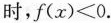
时，$$f ( x ) ≤ 0$$.